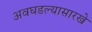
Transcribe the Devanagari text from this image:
अवघडल्यासारखे